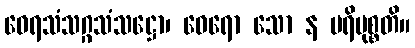
ဝေရသံသဂ္ဂသံသဋ္ဌော၊ ဝေရော သော န ပရိမုစ္စတိ။